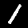
Label: 1